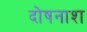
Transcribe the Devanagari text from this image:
दोषनाश